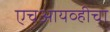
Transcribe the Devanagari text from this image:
एचआयव्हीचा